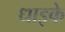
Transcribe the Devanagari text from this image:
धाइके